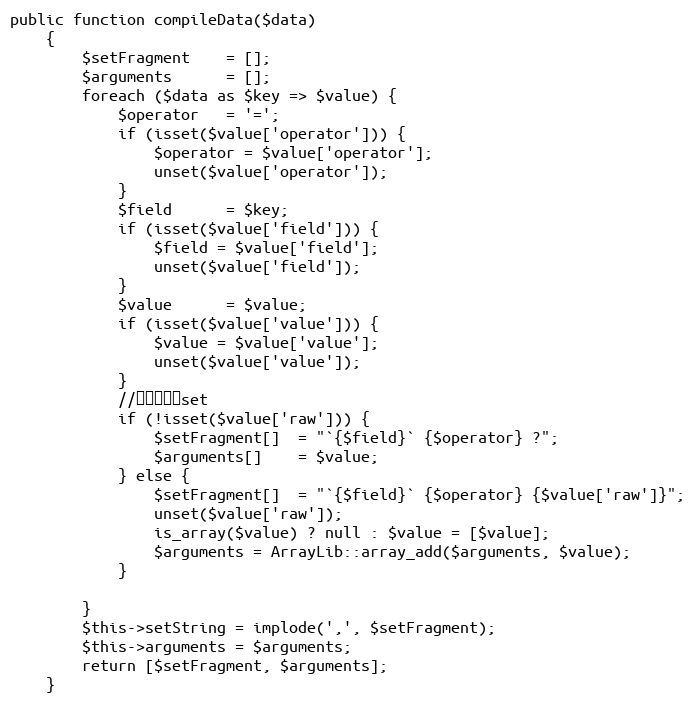
Language: PHP
public function compileData($data)
    {
        $setFragment    = [];
        $arguments      = [];
        foreach ($data as $key => $value) {
            $operator   = '=';
            if (isset($value['operator'])) {
                $operator = $value['operator'];
                unset($value['operator']);
            }
            $field      = $key;
            if (isset($value['field'])) {
                $field = $value['field'];
                unset($value['field']);
            }
            $value      = $value;
            if (isset($value['value'])) {
                $value = $value['value'];
                unset($value['value']);
            }
            //设置自定义set
            if (!isset($value['raw'])) {
                $setFragment[]  = "`{$field}` {$operator} ?";
                $arguments[]    = $value;
            } else {
                $setFragment[]  = "`{$field}` {$operator} {$value['raw']}";
                unset($value['raw']);
                is_array($value) ? null : $value = [$value];
                $arguments = ArrayLib::array_add($arguments, $value);
            }

        }
        $this->setString = implode(',', $setFragment);
        $this->arguments = $arguments;
        return [$setFragment, $arguments];
    }